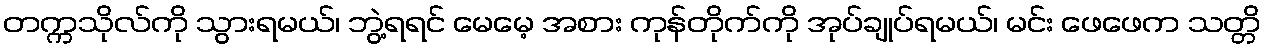
တက္ကသိုလ်ကို သွားရမယ်၊ ဘွဲ့ရရင် မေမေ့ အစား ကုန်တိုက်ကို အုပ်ချုပ်ရမယ်၊ မင်း ဖေဖေက သတ္တိ